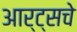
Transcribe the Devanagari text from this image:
आर्ट्सचे